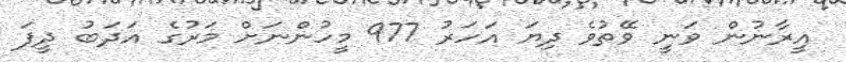
އީރާނުން ވަނީ ވޭތުވެ ދިޔަ އަހަރު 977 މީހުންނަށް މަރުގެ އަދަބު ދީފަ